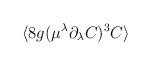
LaTeX: \begin{align*}\langle 8g(\mu^\lambda\partial_\lambda{C})^3C\rangle\end{align*}